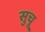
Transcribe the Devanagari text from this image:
सुचू